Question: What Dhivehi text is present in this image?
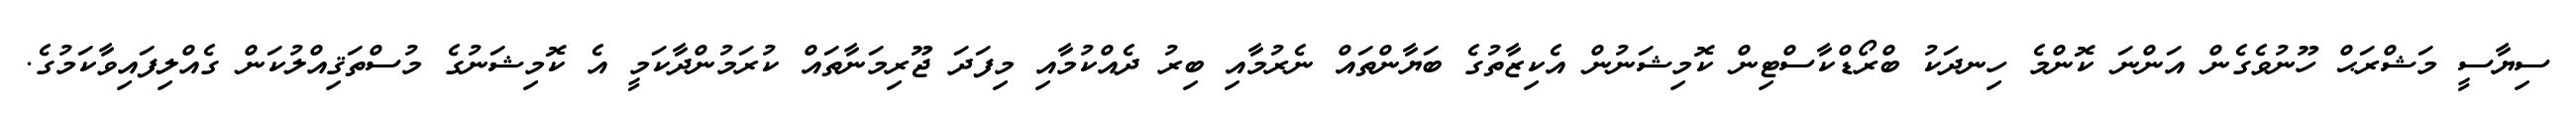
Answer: ސިޔާސީ މަޝްރަޙް ހޫނުވެގެން އަންނަ ކޮންމެ ހިނދަކު ބްރޯޑްކާސްޓިން ކޮމިޝަނުން އެކިޒާތުގެ ބަޔާންތައް ނެރުމާއި ބިރު ދެއްކުމާއި މިފަދަ ޖޫރިމަނާތައް ކުރަމުންދާކަމީ އެ ކޮމިޝަނުގެ މުސްތަޤިއްލުކަން ގެއްލިފައިވާކަމުގެ.